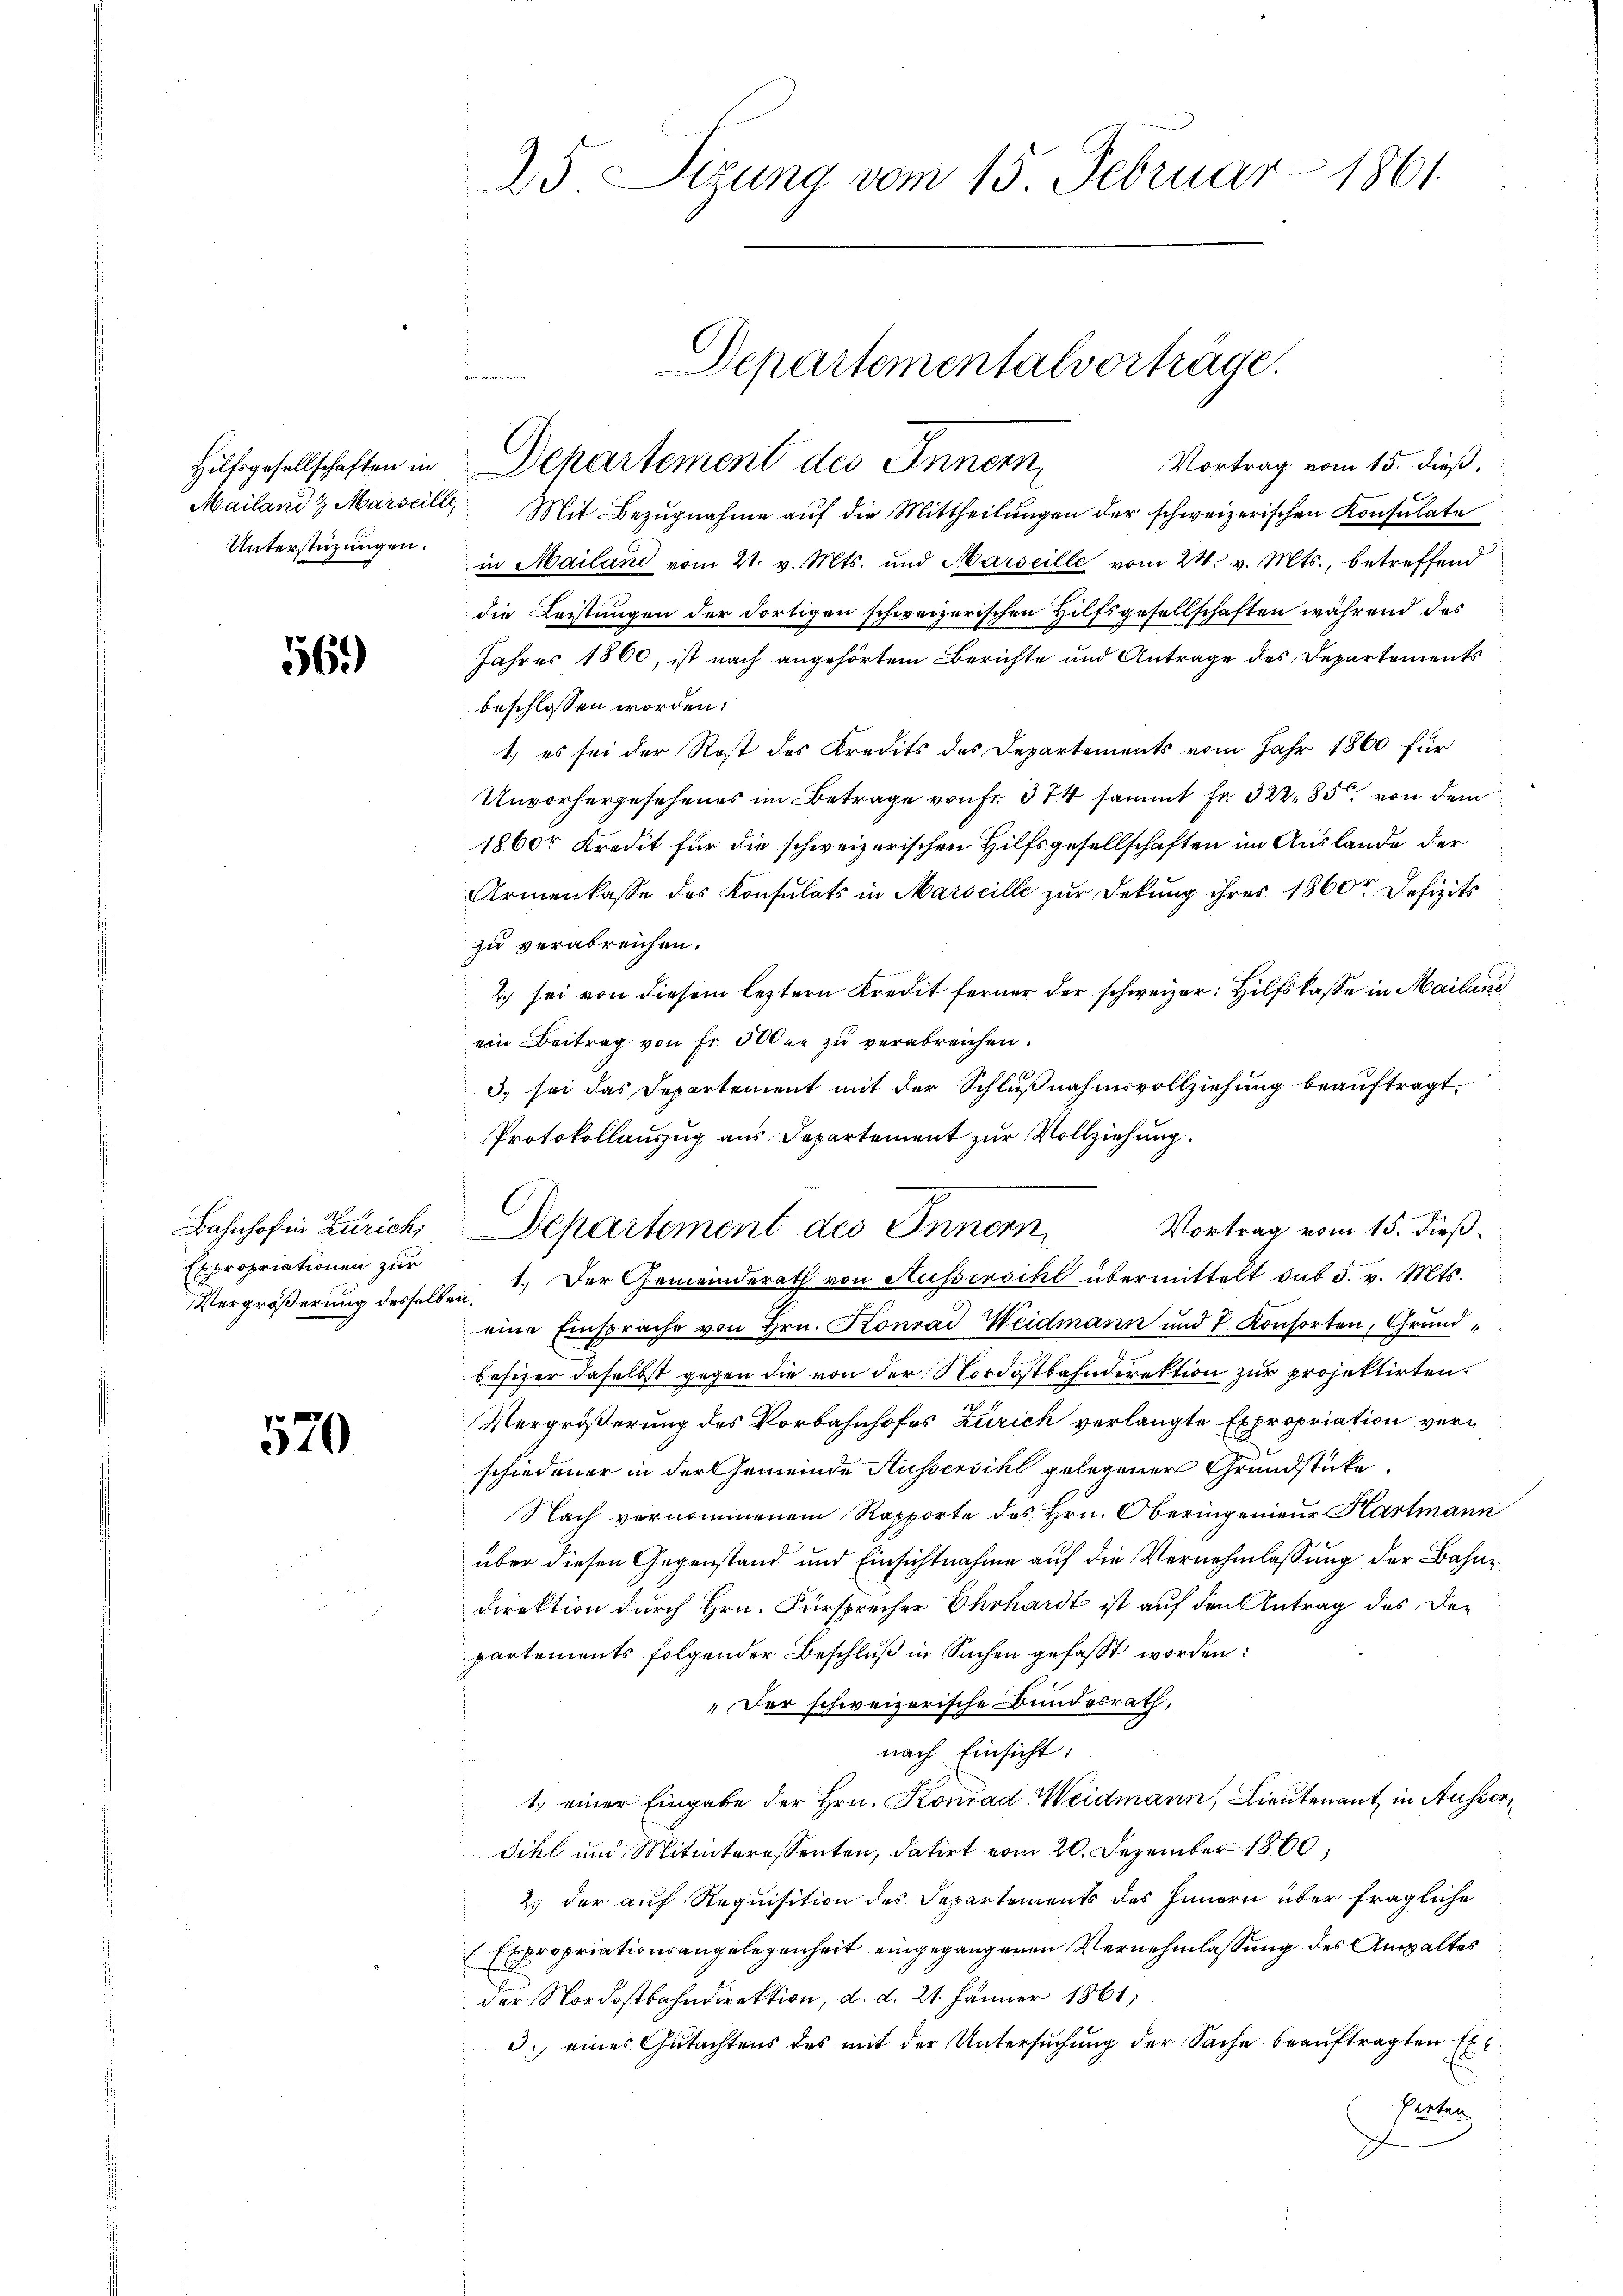
Unterstüzungen.

56.)

Bahnhof in Zürich;
Expropriationen zur
Vergrößerung desselben.

570

25. Sizung vom 15. Februar 1861

Vortrag vom 15. dieß.
Mailand & Marseille Mit Bezŭgnahme aŭf die Mittheilŭngen der schweizerischen Konsulate
in Mailand vom 21. v. Mts. und Marseille vom 24. v. Mts., betreffend
die Leistungen der dortigen schweizerischen Hilfsgesellschaften während des
Jahres 1860, ist nach angehörtem Berichte und Antrage des Departements
beschlossen worden:
1.) es sei der Rost des Kredits des Departements vom Jahr 1860 für
Unvorhergesehenes im Betrage von fr. 374 sammt Fr. 322, 85 von dem
1860 Kredit für die schweizerischen Hilfsgesellschaften im Auslande der
Armenkasse des Konsulats in Marseille zur Dekung ihres 1860r Defizits
zu verabreichen.
2) sei von diesem leztern Kredit ferner der schweizer: Hilfskasse in Mailand
ein Beitrag von Fr. 500 er zu verabreichen.
3) sei das Departement mit der Schlußnahmsvollziehung beauftragt.
Protokollauszug aus Departement zur Vollziehung.
Vortrag vom 15. dieß.
Departement des Innern
1.) Der Gemeinderath von Aussersihl übermittelt das 5. v. Mts.
eine Einsprache von Hrn. Konrad Weidmann und 7 Konsorten, Grundbesizer daselbst gegen die von der Nordostbahndirektion zur projektirten.
Vergrößerung des Vorbahnhofes Zürich verlangte Expropriation vern
schiedener in der Gemeinde Aussersihl gelegener Grundstücke.
Nach vernommenem Rapporte des Hrn. Oberingenieur Hartmann
über diesen Gegenstand und Einsichtnahme auf die Vernehmlassung der Bahn¬
Direktion durch Hrn. Fürsprecher Ehrhardt ist auf den Antrag des Departements folgender Beschluß in Sachen gefasst worden:
„Der schweizerische Bundesrath,
nach Einsicht:
1. einer Eingabe der Hrn. Konrad Weidmann, Lieutenant in Ausser¬
Sihl und Mitinteressenten, datirt vom 20. Dezember 1860;
2.) der auf Requisition des Departements des Innern über fragliche
Expropriationsangelegenheit eingegangenen Vernehmlassung des Anwaltes
der Nordostbahndirektion, d. d. 21. Jänner 1861;
3.) eines Gutachtens des mit der Untersuchung der Sache beauftragten Ex
t

Departementalvorträge.
e
Hilfsgesellschaften in Departement des Innern